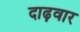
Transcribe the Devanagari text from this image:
दाढ़वार